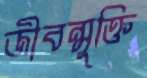
জীবন্মুক্তি